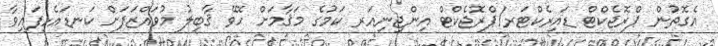
އެގޮތުން ޕްރޮޖެކްޓް ޑައިރެކްޓަރ/ޕްރޮޖެކްޓް އިންޖިނިއަރ ކަމުގެ މަޤާމަށް ހޮވޭ ޤާބިލު މުވައްޒަފަށް ކަނޑައެޅިފައިވާ